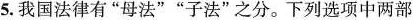
5.我国法律有”母法””子法”之分。下列选项中两部